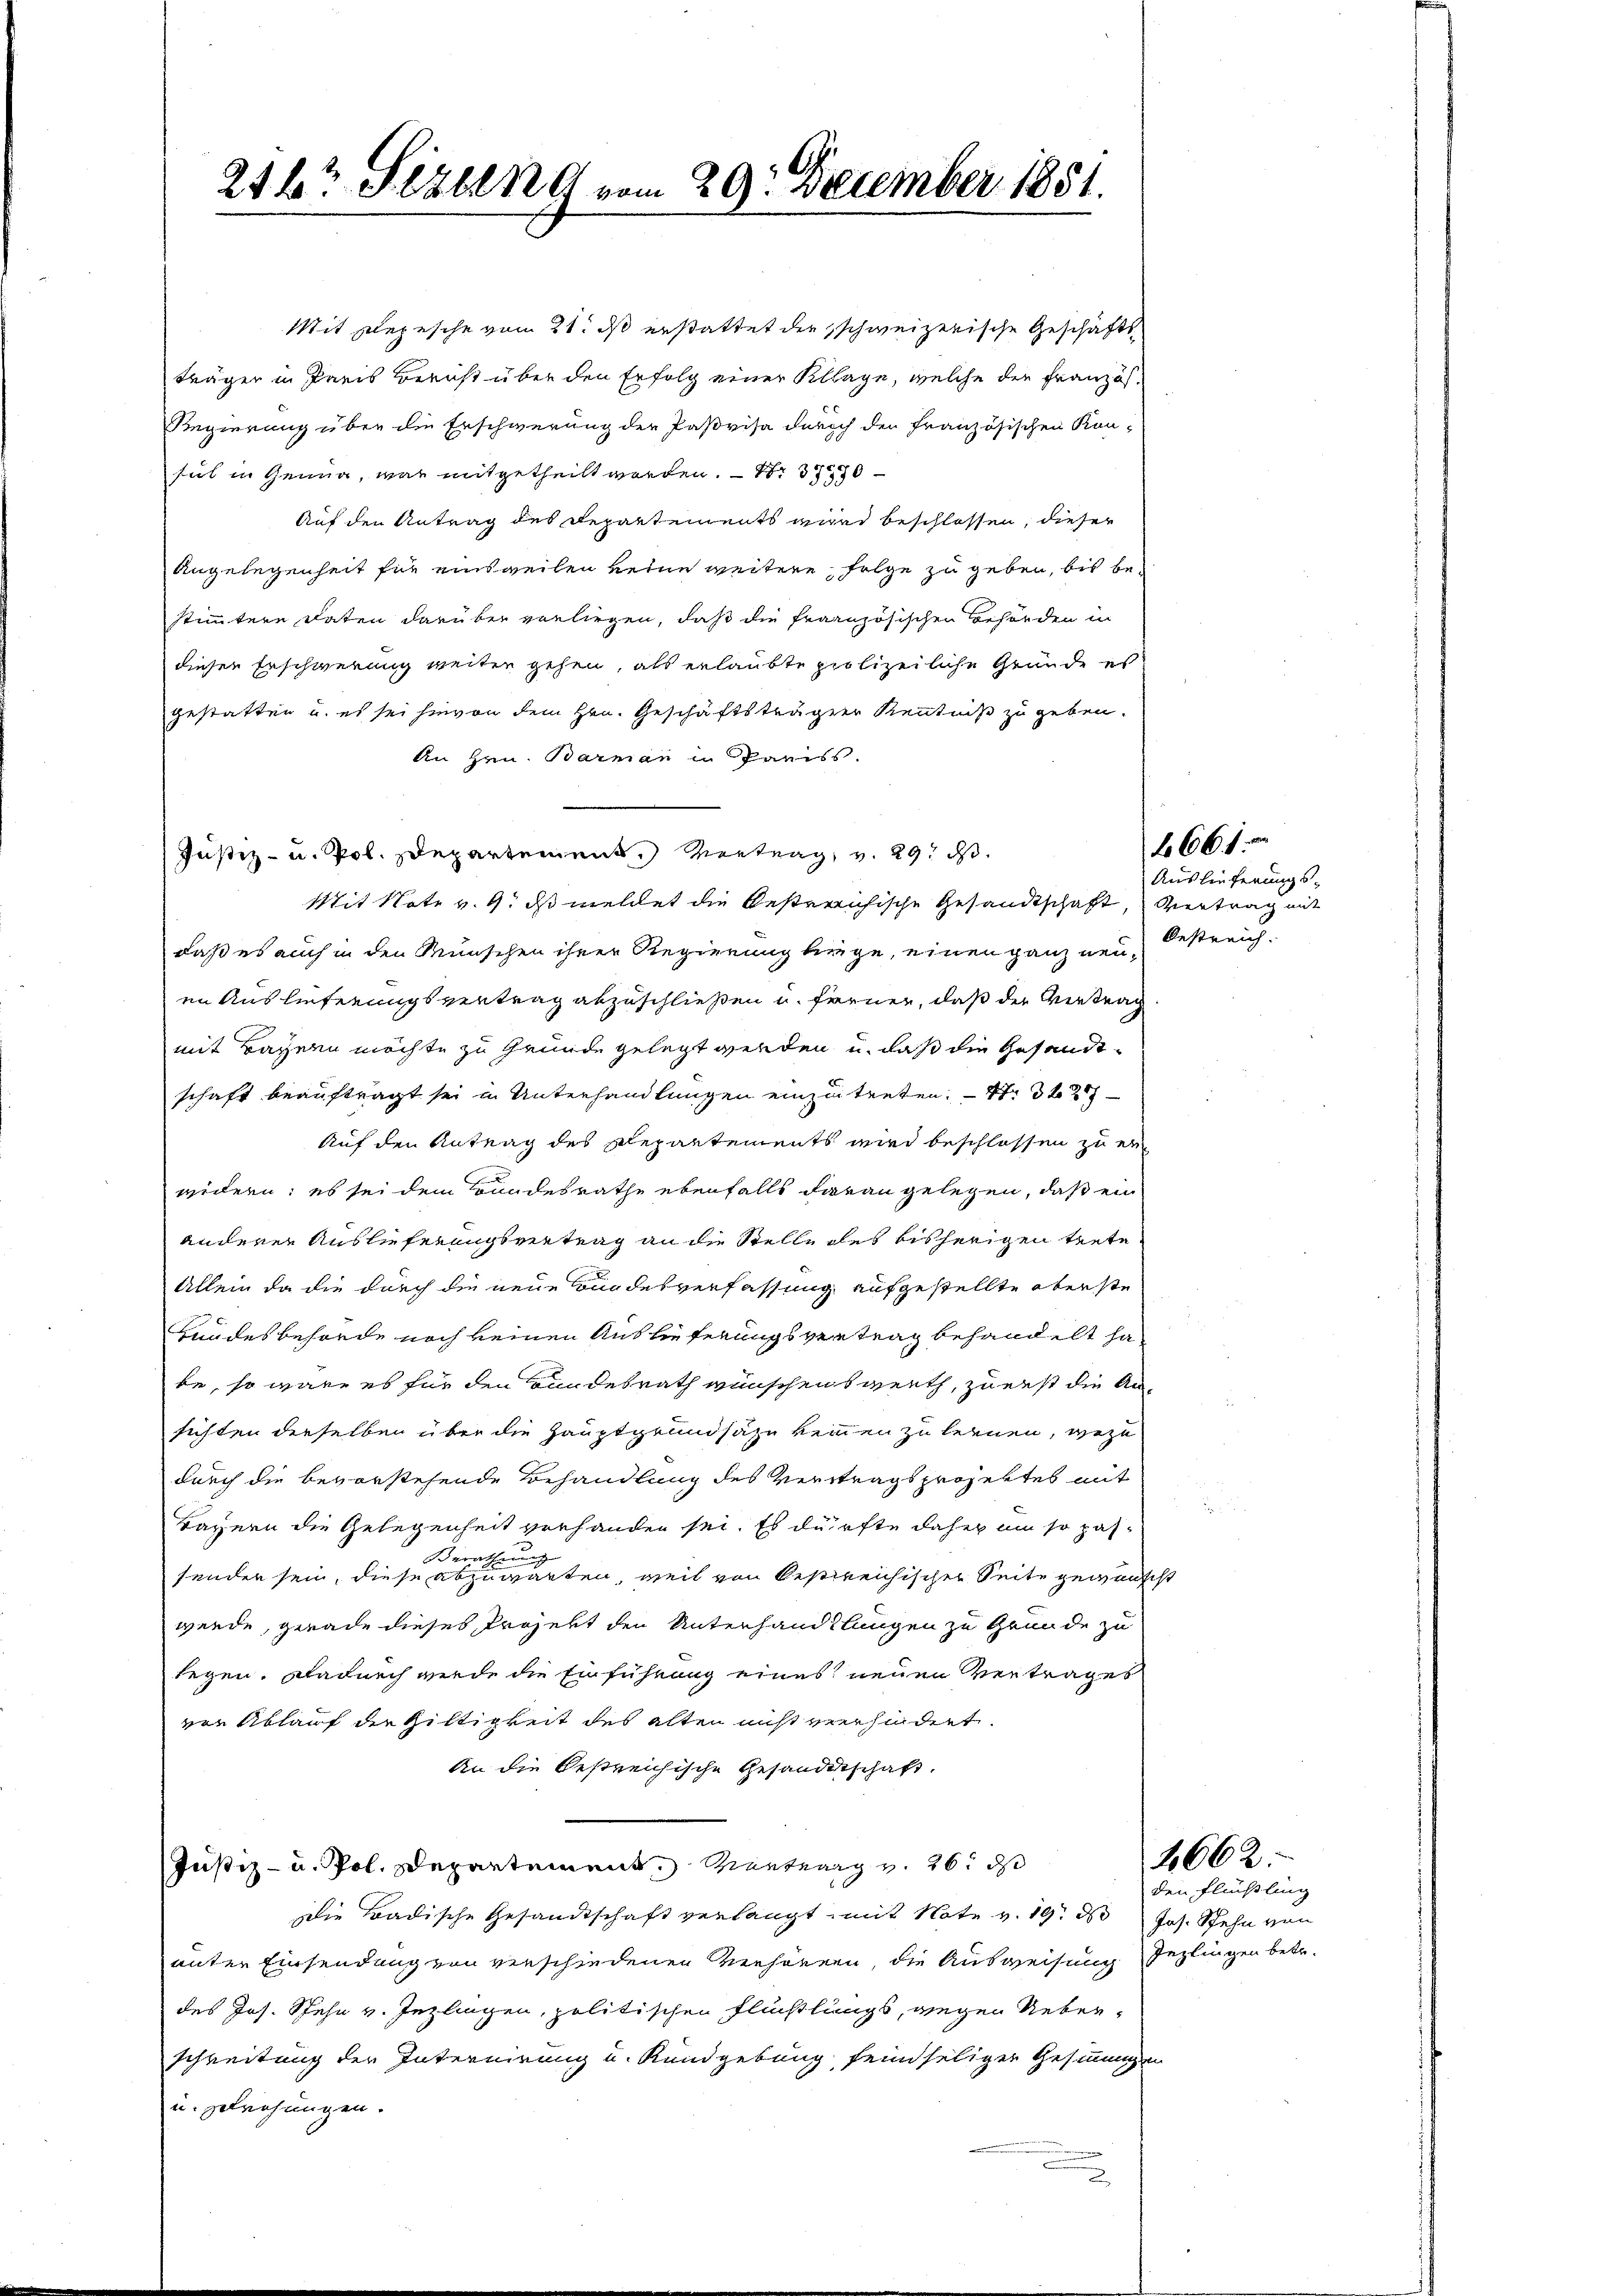
214tr Sitzung vom 29. December 1851.

Mit Depesche vom 21. ds erstattet der schweizerische Geschäfts
träger in Paris Bericht über den Erfolg einer Klage, welche die Französ¬
Regierung über die Erschwerung der Paßvisa durch den Französischen Kon-
sul in Genug, was mitgetheilt worden. – N. 370
Auf den Antrag des Departements wird beschlossen, dieser
Angelegenheit für einsweilen keine weitere Folge zu geben, bis bestimmtere Daten darüber vorliegen, daß die französischen Behörden in
dieser Erschwerung weiter gehen, als erlaubte polizeiliche Grunde es
gestatten u. es sei hievon dem Hrn. Geschäftsträger Kenntniß zu geben.
An Hrn. Barman in Pariss.
Mit Note v. 9. ds meldet die bestreichische Gesandtschaft, viert mit
daß es auch in den Wünschen ihrer Regierung biege, einen ganz neuen Auslieferungsvertrag abzuschließen u. ferner, daß der Vertrag
mit Bayern möchte zu Grunde gelegt werden, u. daß die Gesandtschaft beauftragt sei in Unterhandlungen einzutreten. - 4. 327
Auf den Antrag des Repartements wird beschlossen zu er
widern; es sei dem Bandesrathe ebenfalls daran gelegen, daß ein
anderen Auslieferungsvertrag an die Stelle des bisherigen trete
Allein da die durch die neue Bundesverfassung aufgestellte oberste
Hundesbehörde noch keinen Auslieferungsvertrag behandelt ha
be, so wäre es für den Landesrath wünschen brieth, zu erst die Ansichten derselben über die Hauptgrundsaze keinen zu lernen, wege
durch die bevorstehende Behandlung des Vertragsprojektes mit
Bayern die Gelegenheit verhanden sei. Es dürfte daher um so pas¬
Berathung
sender sein, diese abzuwarten, weil von Oestreichischer Seite gewünscht
werde, gerade dieses Projekt den Unterhandlungen zu Grunde zu
legen. Dadurch werde die Einführung eines neuen Vertrages
vor Ablauf die Giltigkeit des alten nicht verhindert.
An die bestreichische Gesandtschaft.
Justiz- u. Pol. Departement, Montag v. 26. ds
die Badische Gesandtschaft verlangt mit Note v. 19. ds Jos. Stehn von
unter Einsendung von verschiedenen Verhören, die Ausweisung sezlingen betr.
des Jos. Spahn v. Inzlingen, politischen Flüchtlungs, wegen Nebenschreitung der Internirung und Rundgebung feindseligen Gesinnungen
u. zerrohungen.

Justiz- u. Pol. Departement. Vertrag, v. 29. ds.

.

666 f.

Auslieferungs-
Oestreich.

2662.

den Flüßling